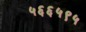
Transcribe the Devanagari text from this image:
५६६५९५